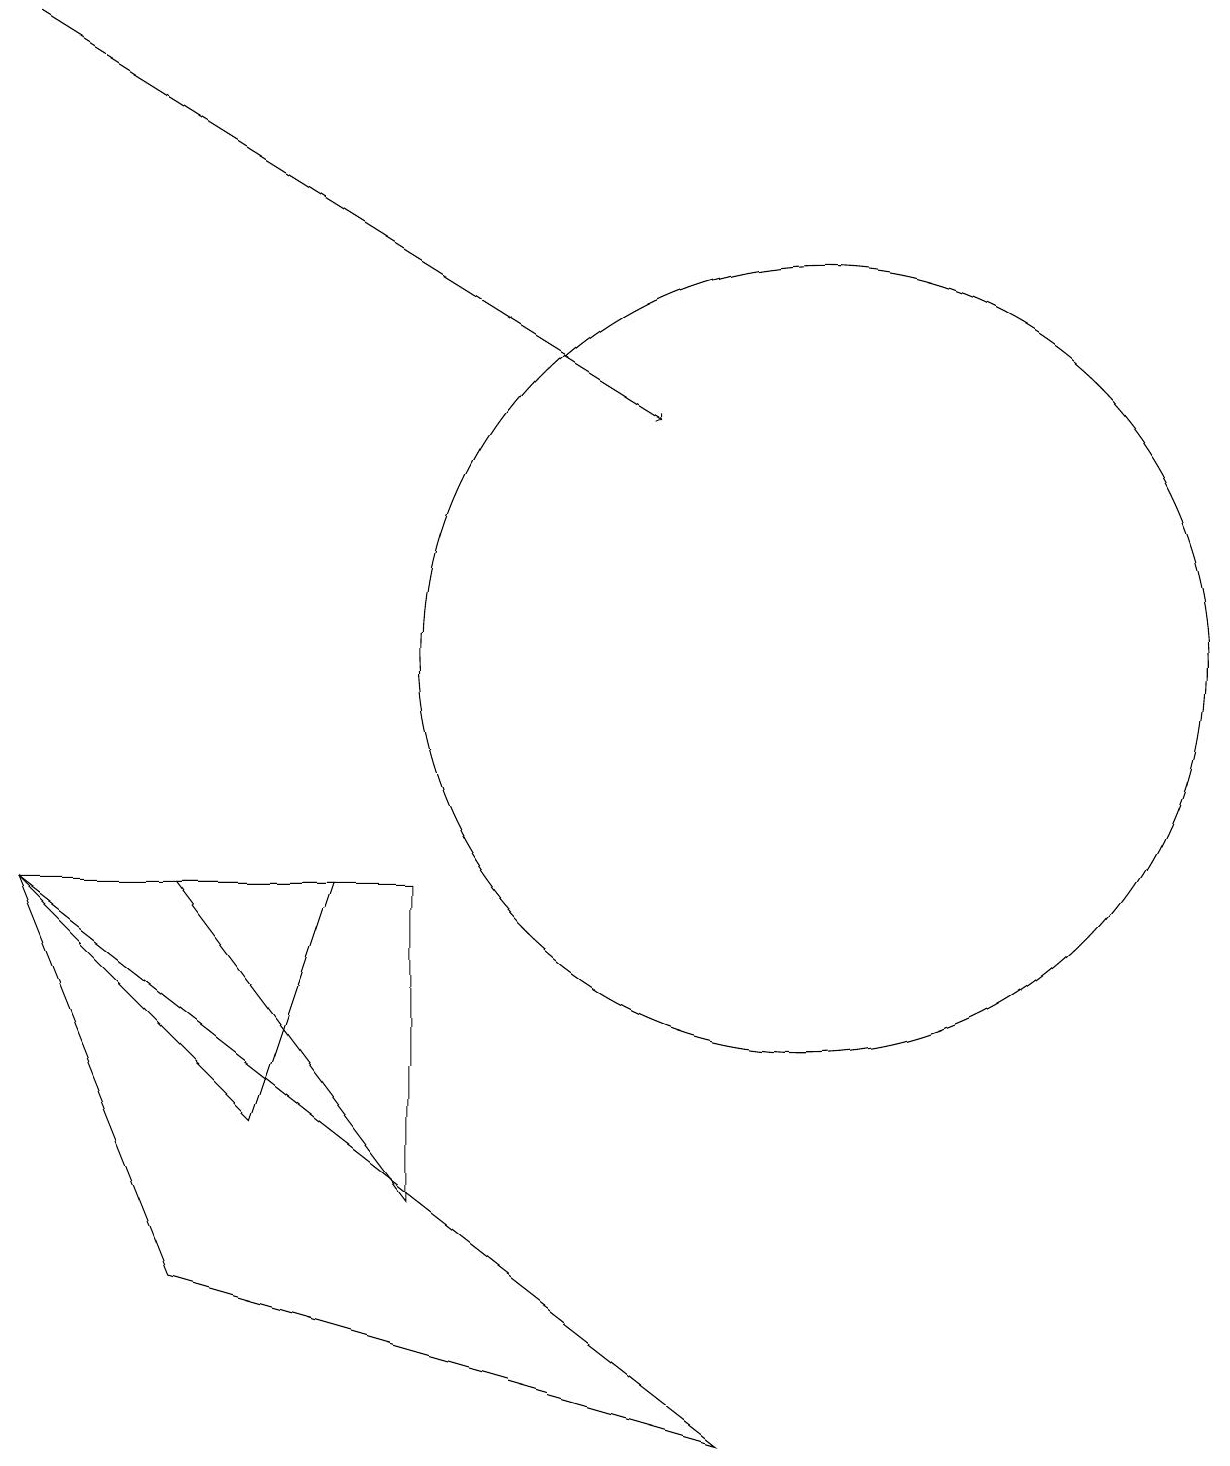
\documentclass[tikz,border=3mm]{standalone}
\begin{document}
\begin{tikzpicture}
\draw (0,7) -- (4,7) -- (3,4) -- cycle;
\draw (9,0) -- (2,2) -- (0,7) -- cycle;
\draw (10,10) circle (5);
\draw[->] (0,18) -- (8,13);
\draw (5,3) -- (5,7) -- (2,7) -- cycle;
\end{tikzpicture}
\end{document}